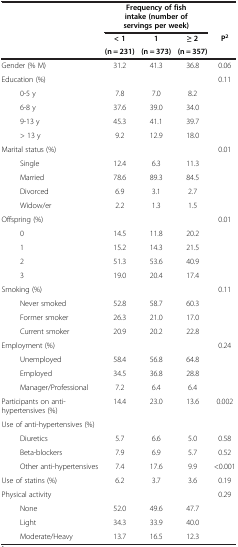
<table><thead><tr><td><b> </b></td><td colspan="3"><b>Frequency of fish intake (number of servings per week)</b></td><td><b> </b></td></tr><tr><td rowspan="2"><b> </b></td><td><b>&lt; 1</b></td><td><b>1</b></td><td><b>≥ 2</b></td><td><b>P<sup>2</sup></b></td></tr><tr><td><b>(n = 231)</b></td><td><b>(n = 373)</b></td><td><b>(n = 357)</b></td><td><b> </b></td></tr></thead><tbody><tr><td>Gender (% M)</td><td>31.2</td><td>41.3</td><td>36.8</td><td>0.06</td></tr><tr><td>Education (%)</td><td> </td><td> </td><td> </td><td>0.11</td></tr><tr><td>0-5 y</td><td>7.8</td><td>7.0</td><td>8.2</td><td> </td></tr><tr><td>6-8 y</td><td>37.6</td><td>39.0</td><td>34.0</td><td> </td></tr><tr><td>9-13 y</td><td>45.3</td><td>41.1</td><td>39.7</td><td> </td></tr><tr><td>&gt; 13 y</td><td>9.2</td><td>12.9</td><td>18.0</td><td> </td></tr><tr><td>Marital status (%)</td><td> </td><td> </td><td> </td><td>0.01</td></tr><tr><td>Single</td><td>12.4</td><td>6.3</td><td>11.3</td><td> </td></tr><tr><td>Married</td><td>78.6</td><td>89.3</td><td>84.5</td><td> </td></tr><tr><td>Divorced</td><td>6.9</td><td>3.1</td><td>2.7</td><td> </td></tr><tr><td>Widow/er</td><td>2.2</td><td>1.3</td><td>1.5</td><td> </td></tr><tr><td>Offspring (%)</td><td> </td><td> </td><td> </td><td>0.01</td></tr><tr><td>0</td><td>14.5</td><td>11.8</td><td>20.2</td><td> </td></tr><tr><td>1</td><td>15.2</td><td>14.3</td><td>21.5</td><td> </td></tr><tr><td>2</td><td>51.3</td><td>53.6</td><td>40.9</td><td> </td></tr><tr><td>3</td><td>19.0</td><td>20.4</td><td>17.4</td><td> </td></tr><tr><td>Smoking (%)</td><td> </td><td> </td><td> </td><td>0.11</td></tr><tr><td>Never smoked</td><td>52.8</td><td>58.7</td><td>60.3</td><td> </td></tr><tr><td>Former smoker</td><td>26.3</td><td>21.0</td><td>17.0</td><td> </td></tr><tr><td>Current smoker</td><td>20.9</td><td>20.2</td><td>22.8</td><td> </td></tr><tr><td>Employment (%)</td><td> </td><td> </td><td> </td><td>0.24</td></tr><tr><td>Unemployed</td><td>58.4</td><td>56.8</td><td>64.8</td><td> </td></tr><tr><td>Employed</td><td>34.5</td><td>36.8</td><td>28.8</td><td> </td></tr><tr><td>Manager/Professional</td><td>7.2</td><td>6.4</td><td>6.4</td><td> </td></tr><tr><td>Participants on anti-hypertensives (%)</td><td>14.4</td><td>23.0</td><td>13.6</td><td>0.002</td></tr><tr><td>Use of anti-hypertensives (%)</td><td> </td><td> </td><td> </td><td> </td></tr><tr><td>Diuretics</td><td>5.7</td><td>6.6</td><td>5.0</td><td>0.58</td></tr><tr><td>Beta-blockers</td><td>7.9</td><td>6.9</td><td>5.7</td><td>0.52</td></tr><tr><td>Other anti-hypertensives</td><td>7.4</td><td>17.6</td><td>9.9</td><td>&lt;0.001</td></tr><tr><td>Use of statins (%)</td><td>6.2</td><td>3.7</td><td>3.6</td><td>0.19</td></tr><tr><td>Physical activity</td><td> </td><td> </td><td> </td><td>0.29</td></tr><tr><td>None</td><td>52.0</td><td>49.6</td><td>47.7</td><td> </td></tr><tr><td>Light</td><td>34.3</td><td>33.9</td><td>40.0</td><td> </td></tr><tr><td>Moderate/Heavy</td><td>13.7</td><td>16.5</td><td>12.3</td><td> </td></tr></tbody></table>